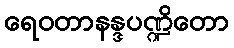
ရေဝတာနန္ဒပဏ္ဍိတော